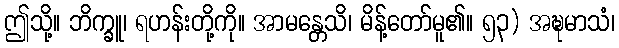
ဤသို့။ ဘိက္ခူ၊ ရဟန်းတို့ကို။ အာမန္တေသိ၊ မိန့်တော်မူ၏။ ၅၃) အဍ္ဎမာသံ၊